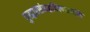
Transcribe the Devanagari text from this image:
पुरद्वारसंरुद्धदिक्पाललोके